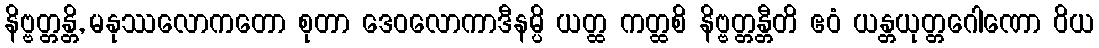
နိဗ္ဗတ္တန္တိ, မနုဿလောကတော စုတာ ဒေဝလောကာဒီနမ္ပိ ယတ္ထ ကတ္ထစိ နိဗ္ဗတ္တန္တီတိ ဧဝံ ယန္တယုတ္တဂေါဏော ဝိယ